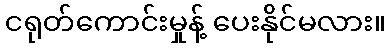
ငရုတ်ကောင်းမှုန့် ပေးနိုင်မလား။